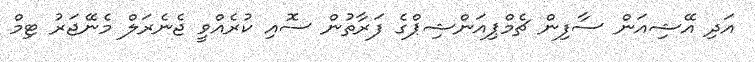
އަދި އޭޝިއަން ސާފިން ޗެމްޕިއަންޝިޕްގެ ފަރާތުން ސޮއި ކުރެއްވީ ޖެނެރަލް މެނޭޖަރު ޓިމް